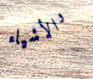
والأشياء